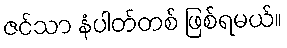
ဇင်သာ နံပါတ်တစ် ဖြစ်ရမယ်။